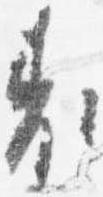
表